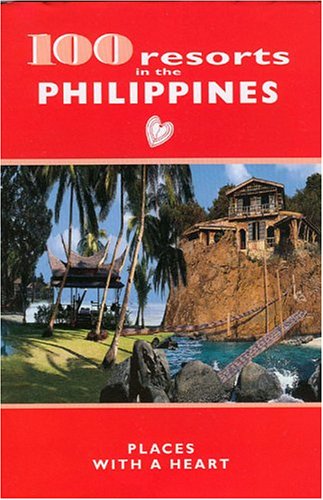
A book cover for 100 resorts in the PHILIPPINES: PLACES WITH A HEART; Grele Dominique; Travel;